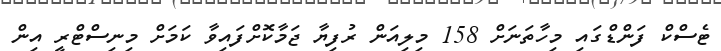
ޓެސްކް ފަންޑްގައި މިހާތަނަށް 158 މިލިއަން ރުފިޔާ ޖަމާކޮށްފައިވާ ކަމަށް މިނިސްޓްރީ އިން